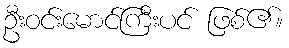
ဦးဝင်းမောင်ကြီးပင် ဖြစ်၏။